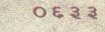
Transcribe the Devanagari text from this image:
०६३३